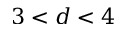
3 < d < 4